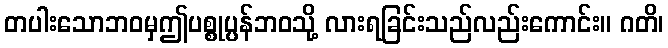
တပါးသောဘဝမှဤပစ္စုပ္ပန်ဘဝသို့ လားရခြင်းသည်လည်းကောင်း။ ဂတိ၊